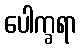
ပေါက္ခရာ